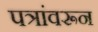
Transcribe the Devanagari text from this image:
पत्रांवरून